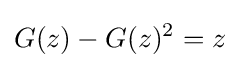
G(z)-G(z)^{2}=z